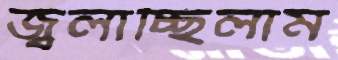
জ্বলাচ্ছিলাম